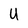
Character: U